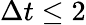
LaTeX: \Delta t\leq 2